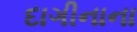
દાગીનાના